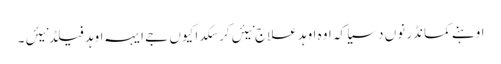
اوہنے کمانڈر نوں دسیا کہ اوہ اوہد علاج نیئں کر سکدا کیوں جے ایہہ اوہد فیلڈ نیئں ۔